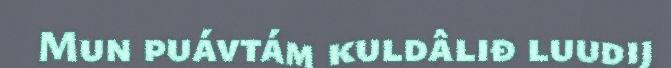
Mun puávtám kuldâliđ luudij